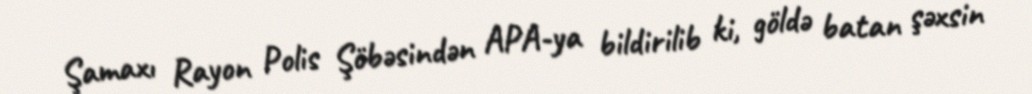
Şamaxı Rayon Polis Şöbəsindən APA-ya bildirilib ki, göldə batan şəxsin